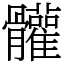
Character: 𩪼